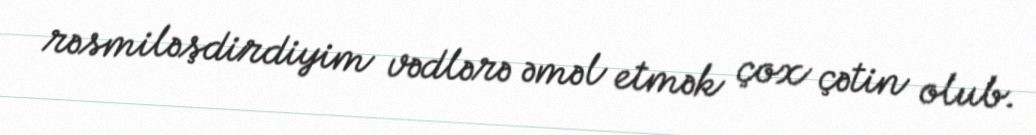
rəsmiləşdirdiyim vədlərə əməl etmək çox çətin olub.